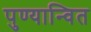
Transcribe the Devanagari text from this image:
पुण्यान्वित